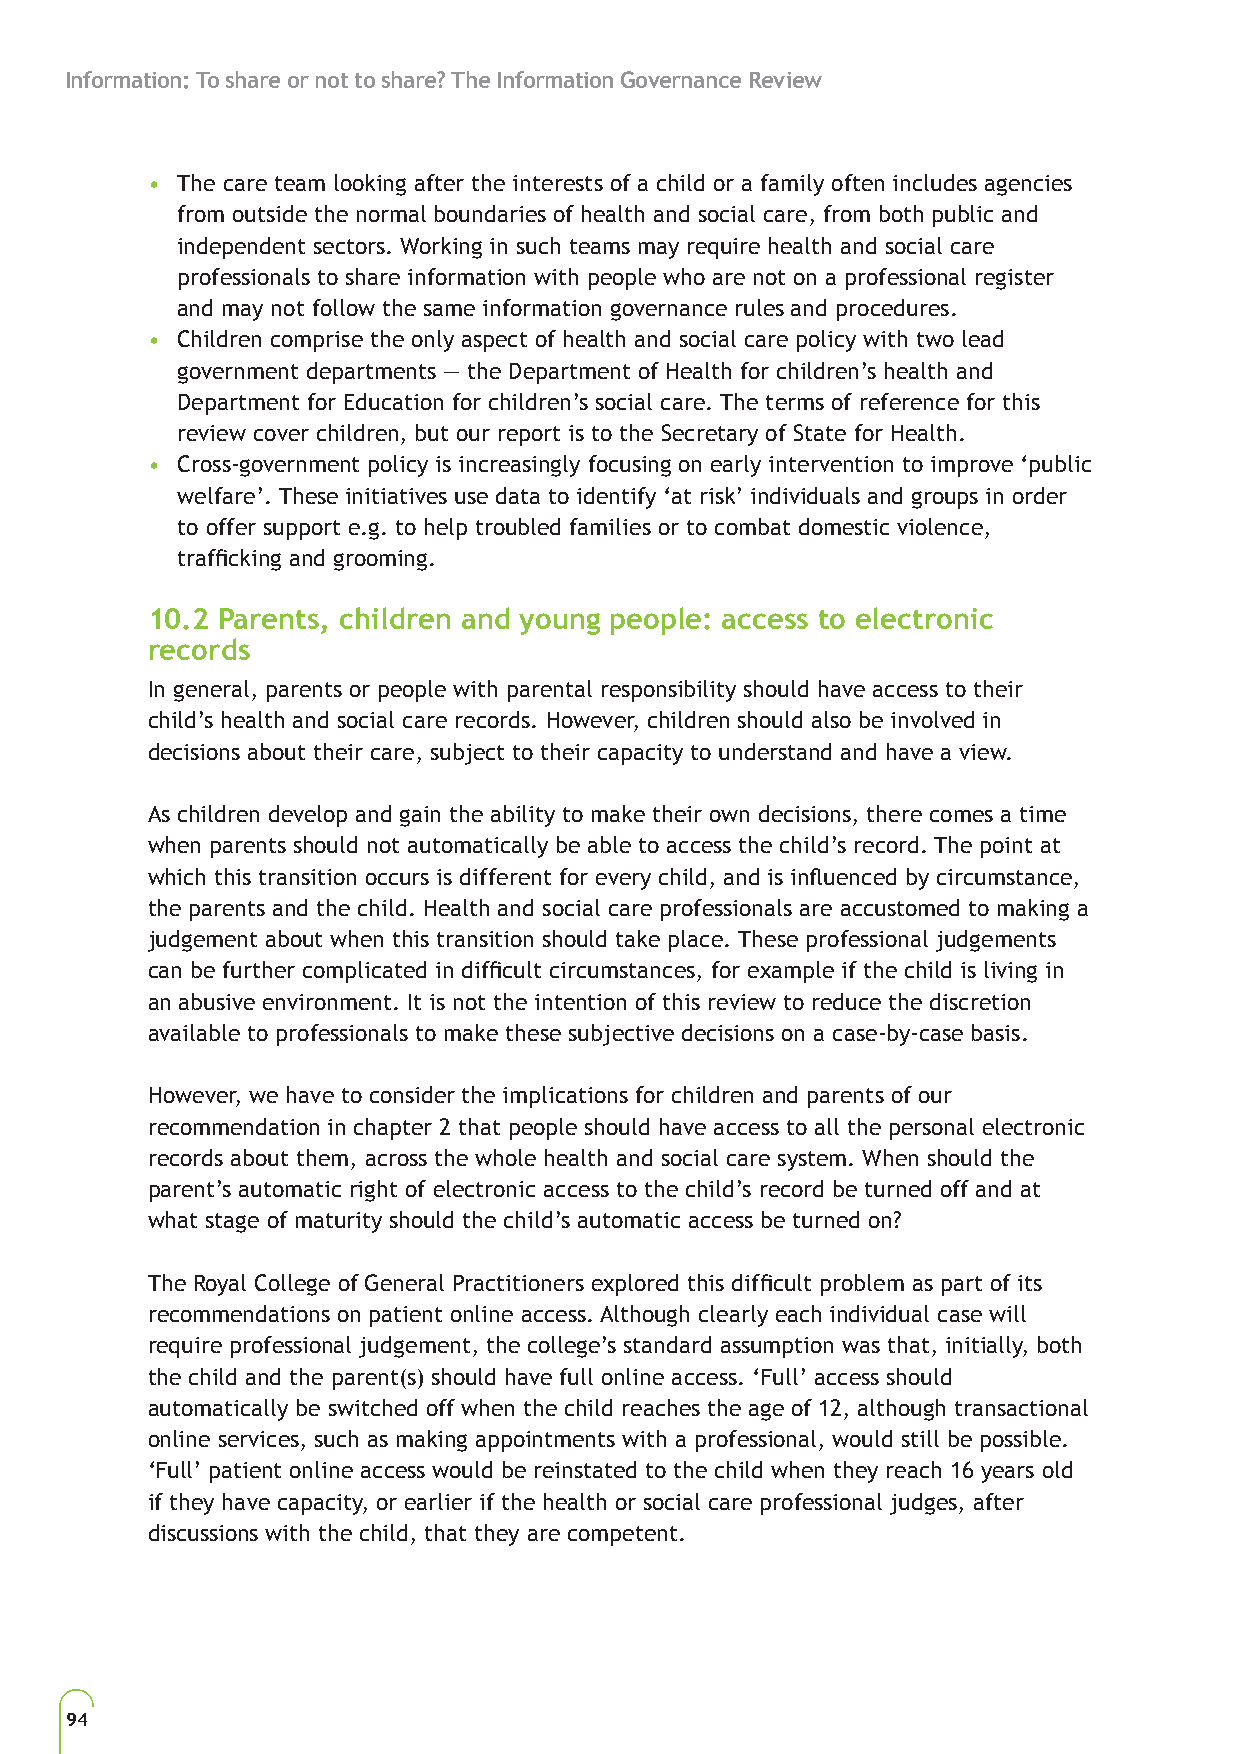
Information: To share or not to share? The Information Governance Review
 • The care team looking after the interests of a child or a family often includes agencies
 from outside the normal boundaries of health and social care, from both public and
 independent sectors. Working in such teams may require health and social care
 professionals to share information with people who are not on a professional register
 and may not follow the same information governance rules and procedures.
 • Children comprise the only aspect of health and social care policy with two lead
 government departments — the Department of Health for children’s health and
 Department for Education for children’s social care. The terms of reference for this
 review cover children, but our report is to the Secretary of State for Health.
 • Cross-government policy is increasingly focusing on early intervention to improve ‘public
 welfare’. These initiatives use data to identify ‘at risk’ individuals and groups in order
 to offer support e.g. to help troubled families or to combat domestic violence,
 trafficking and grooming.
 10.2 Parents, children and young people: access to electronic
 records
 In general, parents or people with parental responsibility should have access to their
 child’s health and social care records. However, children should also be involved in
 decisions about their care, subject to their capacity to understand and have a view.
 As children develop and gain the ability to make their own decisions, there comes a time
 when parents should not automatically be able to access the child’s record. The point at
 which this transition occurs is different for every child, and is influenced by circumstance,
 the parents and the child. Health and social care professionals are accustomed to making a
 judgement about when this transition should take place. These professional judgements
 can be further complicated in difficult circumstances, for example if the child is living in
 an abusive environment. It is not the intention of this review to reduce the discretion
 available to professionals to make these subjective decisions on a case-by-case basis.
 However, we have to consider the implications for children and parents of our
 recommendation in chapter 2 that people should have access to all the personal electronic
 records about them, across the whole health and social care system. When should the
 parent’s automatic right of electronic access to the child’s record be turned off and at
 what stage of maturity should the child’s automatic access be turned on?
 The Royal College of General Practitioners explored this difficult problem as part of its
 recommendations on patient online access. Although clearly each individual case will
 require professional judgement, the college’s standard assumption was that, initially, both
 the child and the parent(s) should have full online access. ‘Full’ access should
 automatically be switched off when the child reaches the age of 12, although transactional
 online services, such as making appointments with a professional, would still be possible.
 ‘Full’ patient online access would be reinstated to the child when they reach 16 years old
 if they have capacity, or earlier if the health or social care professional judges, after
 discussions with the child, that they are competent.
 94